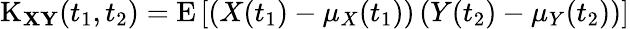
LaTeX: \operatorname{K}_{\mathbf{X}\mathbf{Y}}(t_{1},t_{2})=\operatorname{E}\left[\left(X(t_{1})-\mu_{X}(t_{1})\right)\left(Y(t_{2})-\mu_{Y}(t_{2})\right)\right]